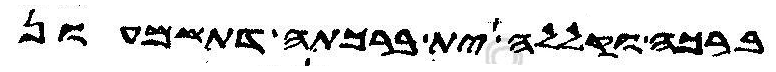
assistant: ברכה וקללה ית ברכתה דתשמעון